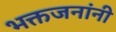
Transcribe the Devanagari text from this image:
भक्तजनांनी